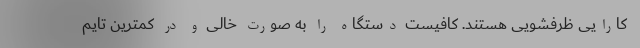
کارایی ظرفشویی هستند. کافیست دستگاه را به صورت خالی و در کمترین تایم